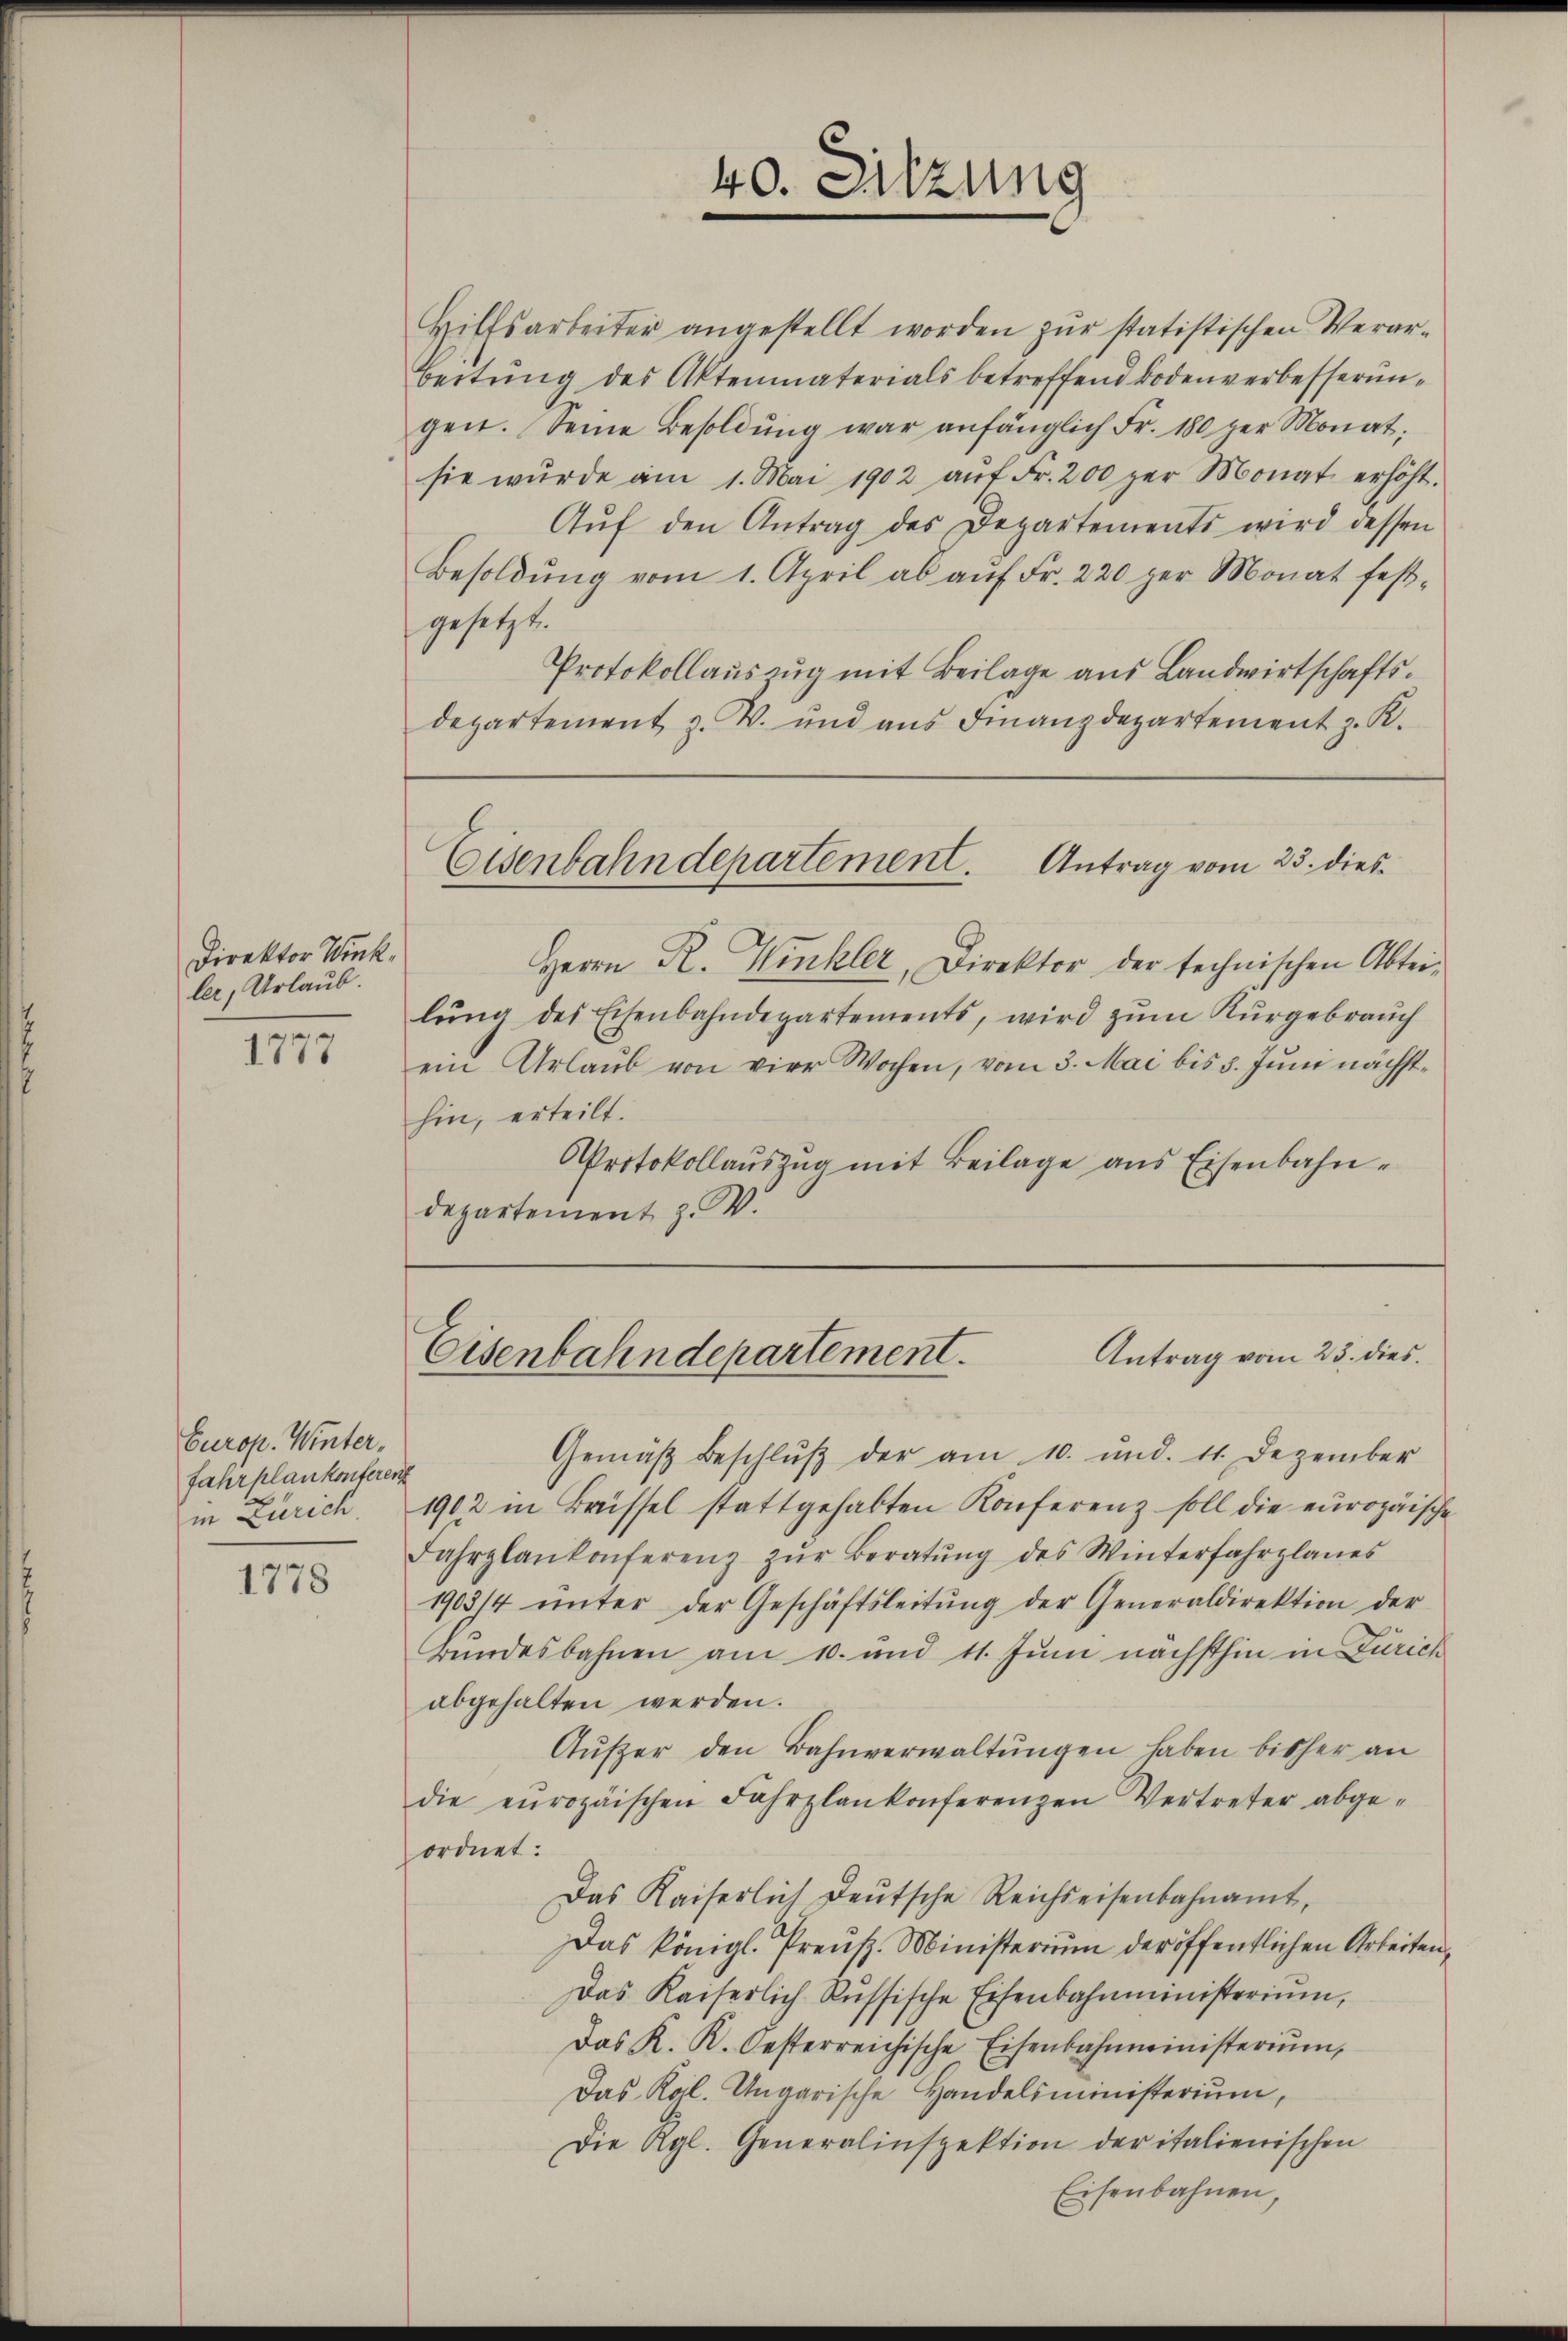
Direktor Wink,
ler, Urlaub.

1777

Hilfsarbeiter angestellt worden zur statistischen Verar¬
Beitung des Aktenmaterials betreffend Bodenverbesserungeit. Seine Besoldŭng war anfänglich Fr. 180 per Monat
sie würde am 1. Mai 1902 aŭf Fr. 200 per Monat erhöht.
Aŭf den Antrag des Departements wird dessen
Besoldŭng vom 1. April ab aŭf Fr. 220 per Monat fest-
gesetzt.
Protokollauszug mit Beilage aus Landwirtschaftsdepartement z. W. und aus Finanzdepartement z. K.

Europ. Winter,
fahrplankonferent

1778

40. Sitzung

Eisenbahndepartement. Antrag vom 25. dies¬

Herrn R. Winkler, Direktor der technischen Abteilŭng des Eisenbahndepartements, wird zŭm Kŭrgebrauch
ein Urlaŭb von vier Wochen, vom 3. Mai bis 5. Juni nächsthin, erteilt.
Protokollauszug mit Beilage aus Eisenbahndepartement z. W.

Gemäβ beschlŭβ der am 10. und. 11. Dezember
in Zürich. 1902 in Brüssel stattgehabten Konferenz soll die europäische
Fahrplankonferenz zŭr Beratŭng des Winterfahrplanes
1903/4 ŭnter der Geschäftsleitŭng der Generaldirektion der
Bundesbahnen am 10. und 11. Juni nächsthin in Zürich
abgehalten werden.
Äußer den Bahnverwaltŭngen haben bisher an
die europäischen Fahrplankonferenzen Vertreter abge-
ordnet:
Das Kaiserlich deutsche Reichseisenbahnamt,
Das königl. Preuß. Ministerium der öffentlichen Arbeiten,
Das Kaiserlich Russische Eisenbahnministerium,
Das K. K. Oesterreichische Eisenbahnministerium,
Das Kol. Ungarische Handelsministerium,
Die Rgl. Generalinspektion der italienischen
Eisenbahnen,

Antrag vom 23. dies
Eisenbahndepartement.